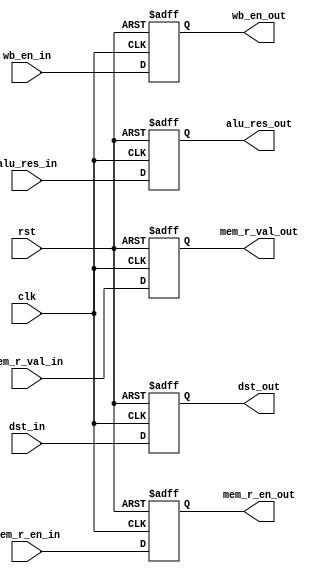
`timescale 1ps/1ps
module MEM_WB_Reg(input clk,rst,wb_en_in,mem_r_en_in,
input [31:0]alu_res_in,mem_r_val_in,input [3:0]dst_in,
output reg wb_en_out,mem_r_en_out,
output reg [31:0]alu_res_out,mem_r_val_out,output reg [3:0]dst_out);

  always@(posedge clk, posedge rst)
	begin
		if(rst)
		begin
			wb_en_out <= 1'b0;
      mem_r_en_out <= 1'b0;
      alu_res_out <= 32'b0;
      mem_r_val_out <= 32'b0;
      dst_out <= 4'b0;
		end
		else begin
      wb_en_out <= wb_en_in;
      mem_r_en_out <= mem_r_en_in;
      alu_res_out <= alu_res_in;
      mem_r_val_out <= mem_r_val_in;
      dst_out <= dst_in;
		end
	end	
endmodule